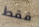
فقط